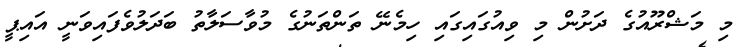
މި މަޝްރޫއުގެ ދަށުން މި ވިއުގައިގައި ހިމެނޭ ތަންތަނުގެ މުވާސަލާތު ބަދަލުވެފައިވަނީ އައިޕީ